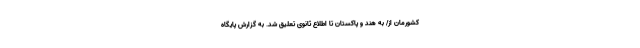
کشورمان از/ به هند و پاکستان تا اطلاع ثانوی تعلیق شد. به گزارش پایگاه